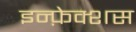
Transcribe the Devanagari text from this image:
इन्फ़ेक्शस